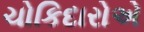
ચોકિદારોએ